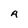
Character: A